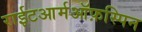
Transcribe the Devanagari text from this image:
राईटआर्मऑफ़स्पिन